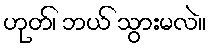
ဟုတ်၊ ဘယ် သွားမလဲ။